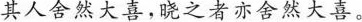
其人舍然大喜，晓之者亦舍然大喜。